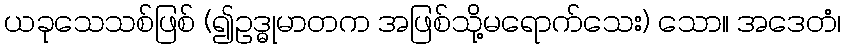
ယခုသေသစ်ဖြစ် (၍ဥဒ္ဓုမာတက အဖြစ်သို့မရောက်သေး) သော။ အဒေတံ၊